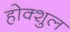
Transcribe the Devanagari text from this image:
होक्शुल